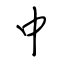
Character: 中